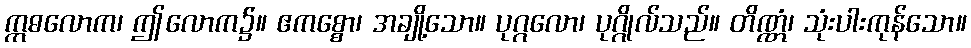
ဣဓလောက၊ ဤလောက၌။ ဧကစ္စော၊ အချို့သော။ ပုဂ္ဂလော၊ ပုဂ္ဂိုလ်သည်။ တိဏ္ဏံ၊ သုံးပါးကုန်သော။